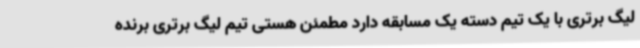
لیگ برتری با یک تیم دسته یک مسابقه دارد مطمئن هستی تیم لیگ برتری برنده